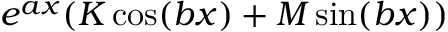
e ^ { a x } ( K \cos ( b x ) + M \sin ( b x ) )